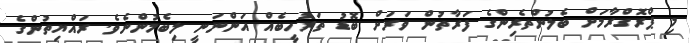
މި ޕްރޮގްރާމަށް ބެލުންތެރިންގެ ފަރާތުން ވަރަށް ބޮޑު ތަރުހީބެއް އަންނަނީ ލިބެމުންނެވެ. ރައްޔިތުންގެ